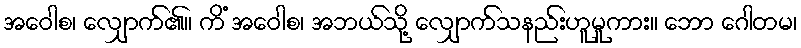
အဝေါစ၊ လျှောက်၏။ ကိံ အဝေါစ၊ အဘယ်သို့ လျှောက်သနည်းဟူမူကား။ ဘော ဂေါတမ၊